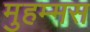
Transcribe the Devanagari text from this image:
मुहम्मस